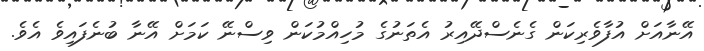
އޭނާއަށް އުފާވެރިކަން ގެނެސްދޭއިރު އެތަނުގެ މުހިއްމުކަން ވިސްނޭ ކަމަށް އޭނާ ބުނެފައިވެ އެވެ.